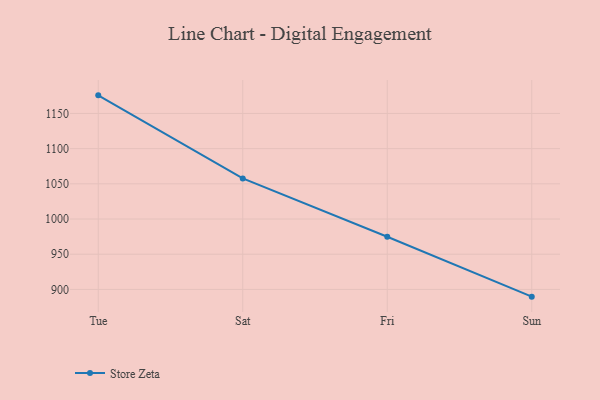
{"axis": {"x": "Day", "y": "Customer Acquisition Cost (USD)"}, "legend": ["Store Zeta"], "data": [{"x": "Tue", "y": 1175.7, "type": "Store Zeta"}, {"x": "Sat", "y": 1057.6, "type": "Store Zeta"}, {"x": "Fri", "y": 974.8, "type": "Store Zeta"}, {"x": "Sun", "y": 889.7, "type": "Store Zeta"}]}